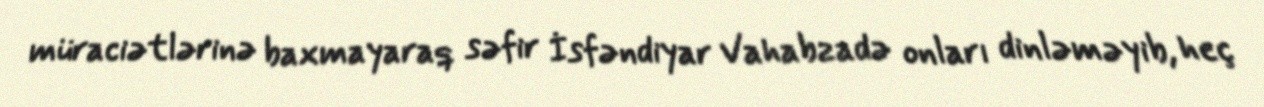
müraciətlərinə baxmayaraq səfir İsfəndiyar Vahabzadə onları dinləməyib, heç